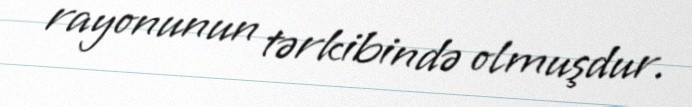
rayonunun tərkibində olmuşdur.